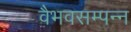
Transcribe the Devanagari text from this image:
वैभवसम्पन्न